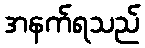
အနက်ရသည်